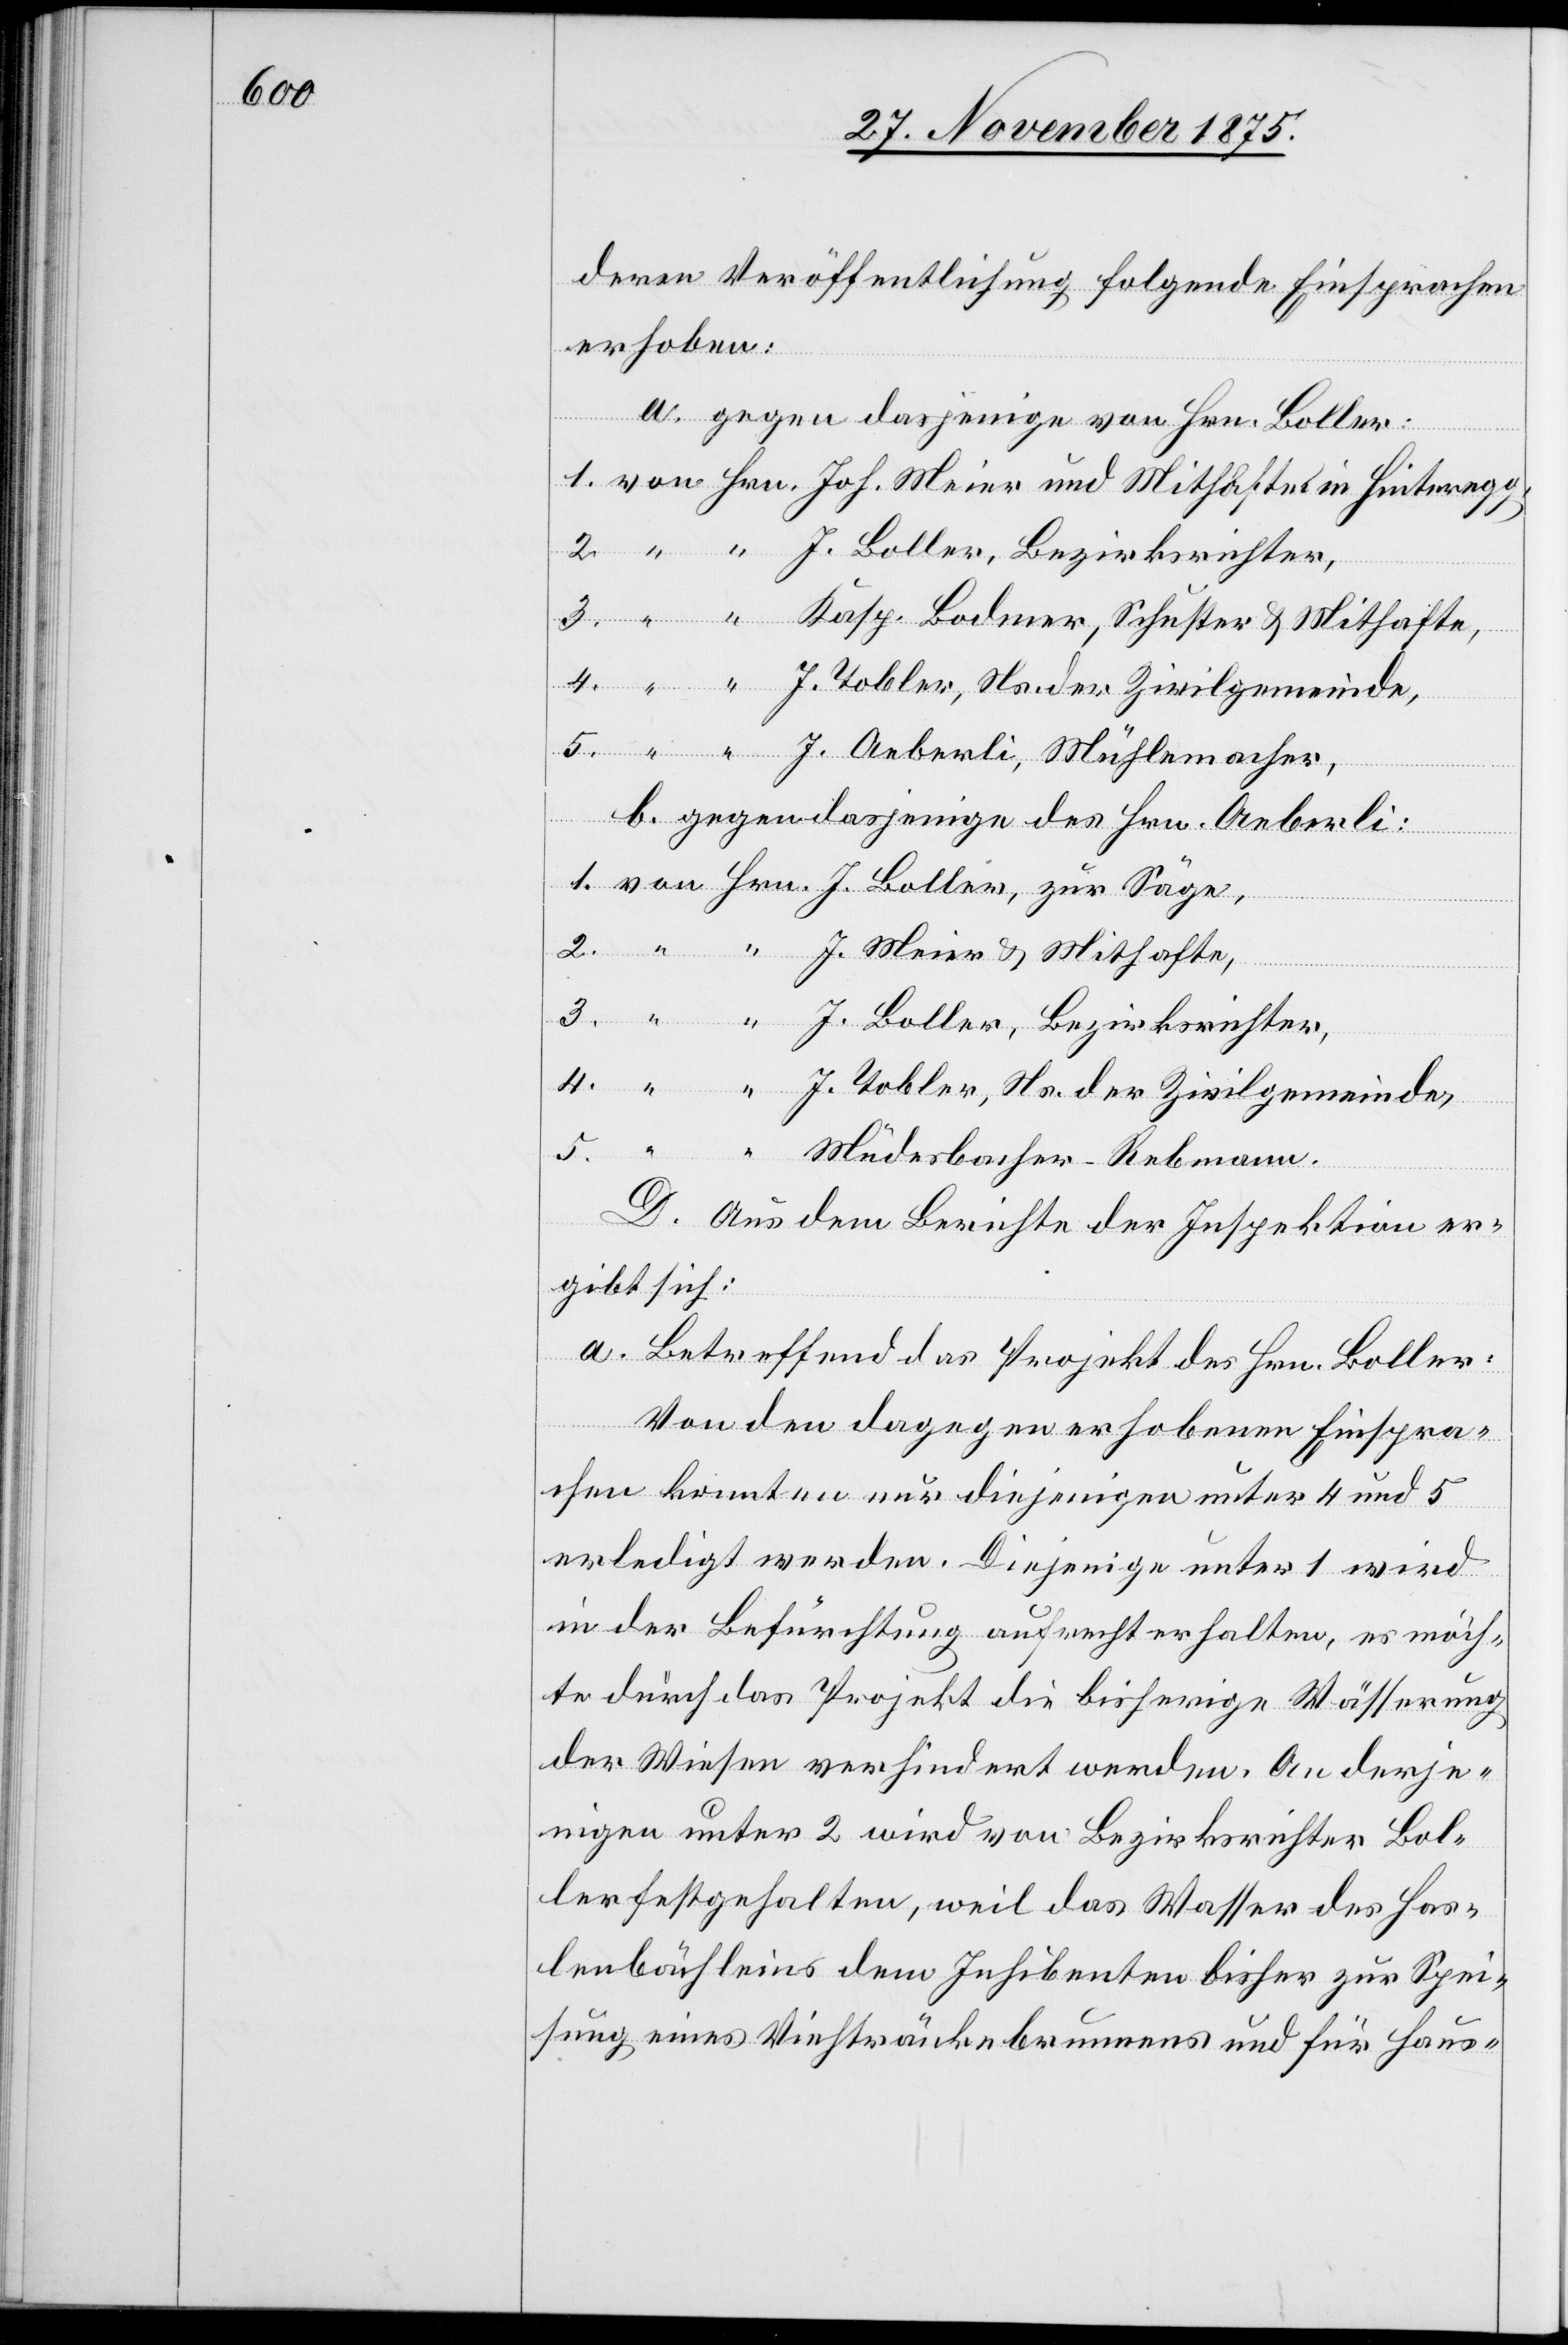
deren Veröffentlichung folgende Einsprachen
erhoben:
a. gegen dasjenige von Hrn. Boller:
Bezirksrichter,
b. gegen dasjenige des Hrn. Aeberli
J. Tobler, Ns. der Zivilgemeinde,
5.
D. Aus dem Berichte der Inspektion er¬
gibt sich:
a. Betreffend das Projekt des Hrn. Boller:
Von den dagegen erhobenen Einspra¬
chen konnten nur diejenigen unter 4 und 5
erledigt werden. Diejenige unter 1 wird
in der Befürchtung aufrecht erhalten, es möch¬
te durch das Projekt die bisherige Wässerung
der Wiesen verhindert werden. An derje¬
nigen unter 2 wird von Bezirksrichter Bol¬
ler festgehalten, weil das Wasser des Has¬
lenbächleins dem Inhibenten bisher zur Spei¬
sung eines Viehtränkebrunnens und für Haus-